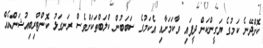
ކޮށްދޭނެ ކަމުގެ ޔަގީންކަން ދީފައި ވާކަމަށާއި އެކަމުގެ ސަބަބުން ކްލަބްތަކަށްވެސް ރަނގަޅު ކޮންޓްރިބިއުޝަންއެއް